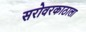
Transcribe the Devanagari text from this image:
सरोवरकाठाला